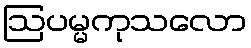
ဩပမ္မကုသလော